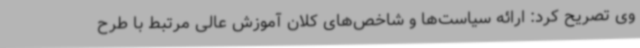
وی تصریح کرد: ارائه سیاست‌ها و شاخص‌های کلان آموزش عالی مرتبط با طرح